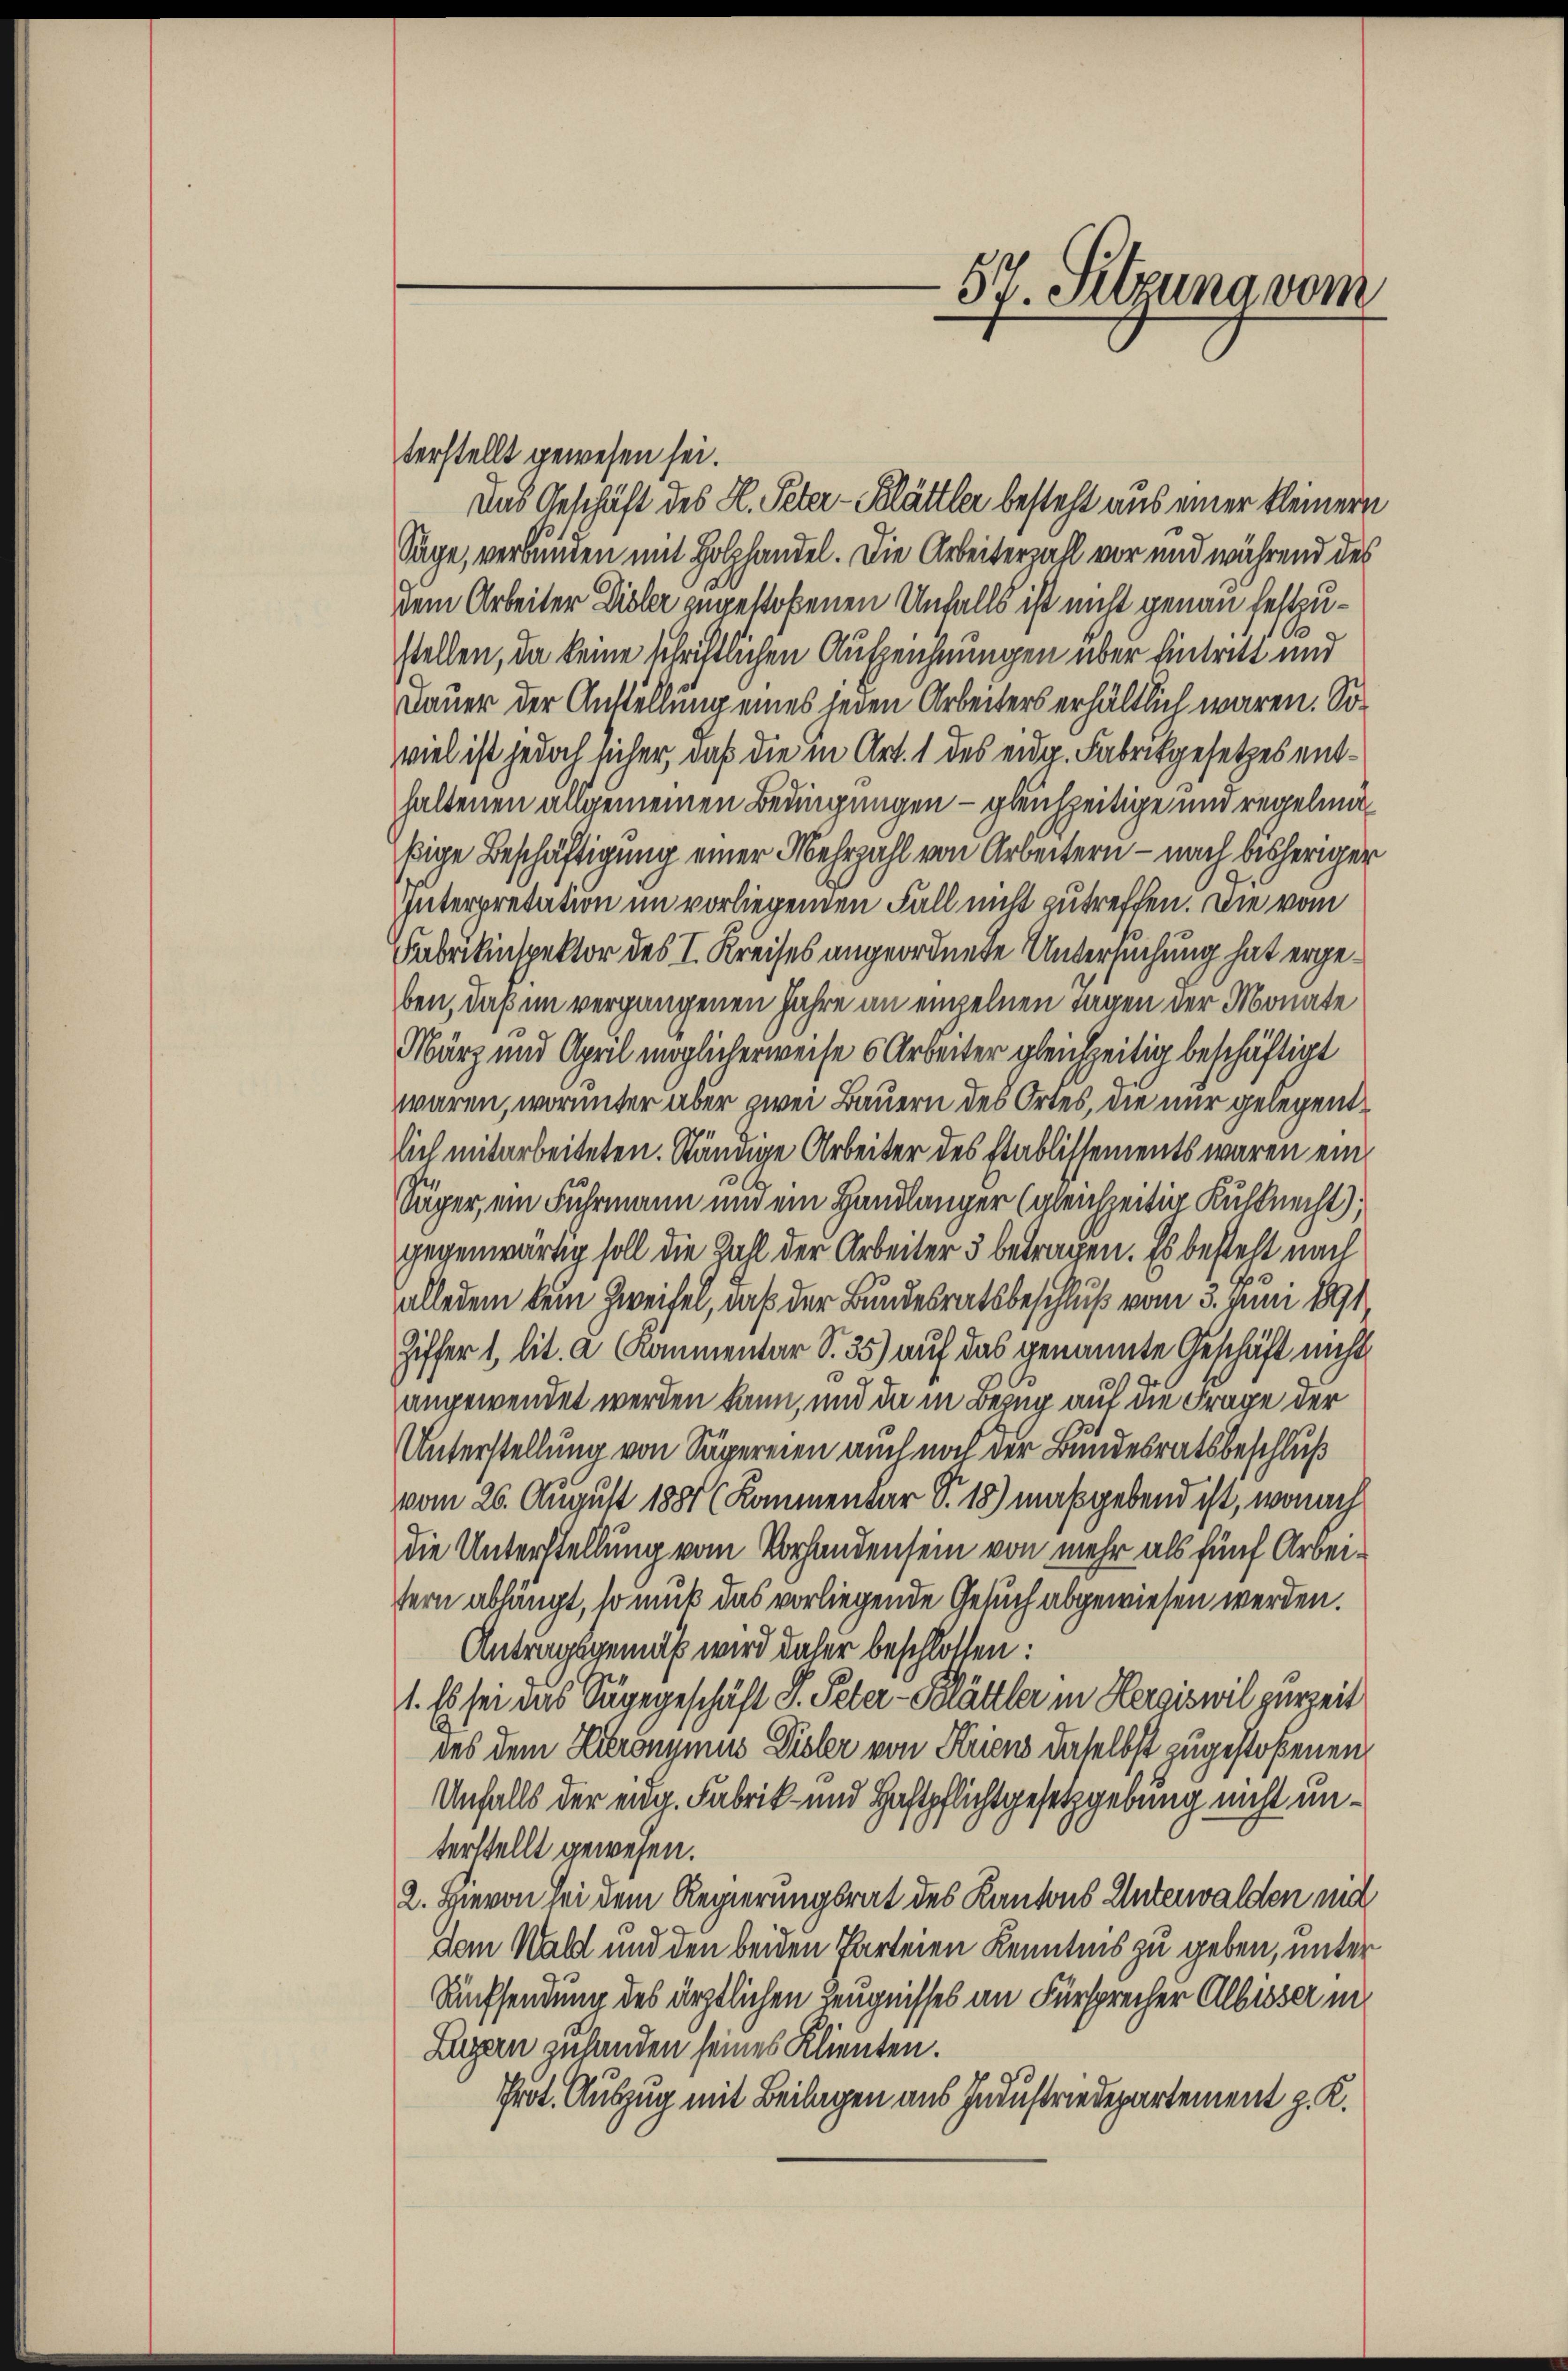
terstellt gewesen sei.
Das Geschäft des H. Peter-Blättler besteht aus einer kleinern
Sage, verbunden mit Holzhandel. Die Arbeiterzahl vor und während des
dem Arbeiter Disler zugestoßenen Unfalls ist nicht genau festzue
stellen, da keine schriftlichen Aufzeichnungen über Eintritt und
Dauer der Anstellung eines jeden Arbeiters erhältlich waren. Soviel ist jedoch sicher, daß die in Art. 1 des eidg. Fabrikgesetzes enthaltenen allgemeinen Bedingungen – gleichzeitige und regelmäsige Beschäftigung einer Mehrzahl von Arbeitern - nach bisheriger
Interpretation im vorliegenden Fall nicht zu treffen. Die vom
Fabrikinspektor des I. Kreises angeordnete Untersuchung hat ergeben, daß im vergangenen Jahre an einzelnen Tagen der Monate
März und April möglicherweise 6 Arbeiter gleichzeitig beschäftigt
waren, worunter aber zwei Bauern des Ortes, die nur gelegentlich mitarbeiteten. Ständige Arbeiter des Etablissements waren ein¬
Säger, ein Fuhrmann und ein Handlanger (gleichzeitig Kulknecht),
gegenwärtig soll die Zahl der Arbeiter 3 betragen. Es bestelt nach
alledem kein Zweifel, daß der Bundesratsbeschluß vom 3. Juni 1891
Ziffer 1, lit. a Kommentar S. 35) auf das genannte Geschäft nicht
angewendet werden kann, und da in Bezug auf die Frage der
Unterstellung von Sägereien auch nach der Bundesratsbeschluß
vom 26. August 1881 (Kommenbar S. 18) maßgebend ist, wonach
die Unterstellung vom Vorhanden sein von mehr als fünf Arbeitern abhängt, so muß das vorliegende Gesuch abgewiesen werden.
Antragsgemäß wird daher beschlossen:
1. Es sei das Sugegeschäft S. Peter-Blättler in Hergiswil zurzeit
des dem Hieronymus Disler von Kriens daselbst zugestoßenen
Unfalls der eidg. Fabrik- und Haftpflichtgesetzgebung nicht unterstellt gewesen.
2. Hievon sei dem Regierungsrat des Kantons Unterwalden mit
Dem Wald und den beiden Parteien Kenntnis zu geben, unter
Rüchsendung des ärztlichen Zeugnisses an Fürsprecher Albisser in
Luzern zulanden seines Klienten.
Prot. Auszug mit Beilagen aus Industriedepartement z. K.

57. Sitzung vom